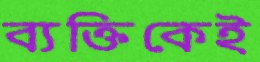
ব্যক্তিকেই